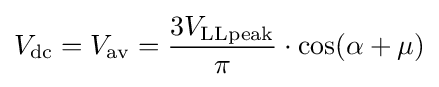
V_{\mathrm {dc} }=V_{\mathrm {av} }={\frac {3V_{\mathrm {LLpeak} }}{\pi }}\cdot \cos(\alpha +\mu )